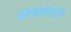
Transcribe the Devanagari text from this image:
एम्पलॉइज़